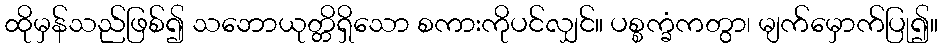
ထိုမှန်သည်ဖြစ်၍ သဘောယုတ္တိရှိသော စကားကိုပင်လျှင်။ ပစ္စက္ခံကတွာ၊ မျက်မှောက်ပြု၍။